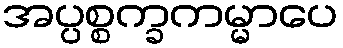
အပ္ပစ္စက္ခကမ္မာပေ